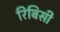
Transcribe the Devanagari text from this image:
रिबिसी